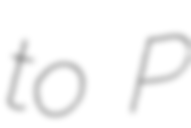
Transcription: to P